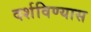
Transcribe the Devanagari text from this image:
दर्शविण्यास